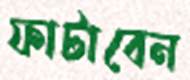
ফাটাবেন